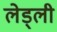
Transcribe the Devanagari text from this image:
लेड्ली